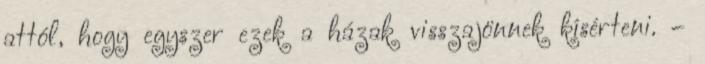
attól, hogy egyszer ezek a házak visszajönnek kísérteni. –